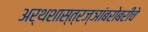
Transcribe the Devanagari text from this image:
अर्थशास्त्रज्ञांबरोबरीचे